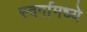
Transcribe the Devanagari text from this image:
स्वर्गामध्ये